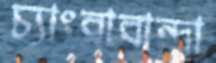
চ্যাংরাবান্দা